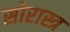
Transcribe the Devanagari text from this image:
सोरास्त्र